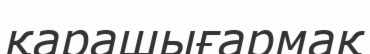
қарашығармақ